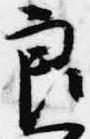
良